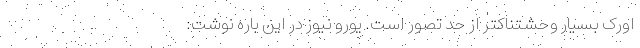
اورک بسیار وحشتناکتر از حد تصور است. یورو نیوز در این باره نوشت: